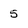
Character: 5